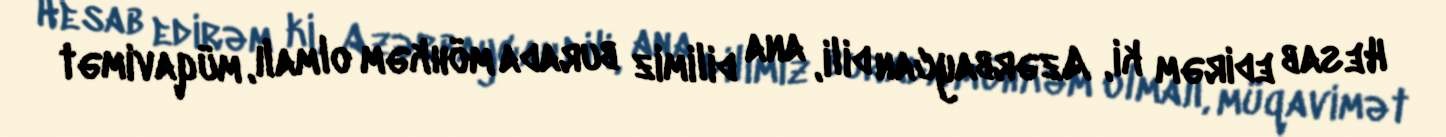
Hesab edirəm ki, Azərbaycan dili, ana dilimiz burada möhkəm olmalı, müqavimət